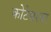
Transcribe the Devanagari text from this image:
कोटेश्वरवर